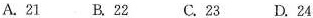
A.21 B.22 C.23 D.24